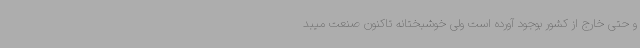
و حتی خارج از کشور بوجود آورده است ولی خوشبختانه تاکنون صنعت میبد